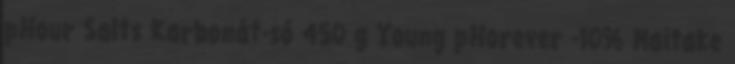
pHour Salts Karbonát-só 450 g Young pHorever -10% Maitake